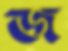
জ